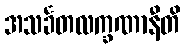
အသင်္ခတလက္ခဏာနီတိ